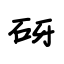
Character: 砑